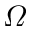
\varOmega